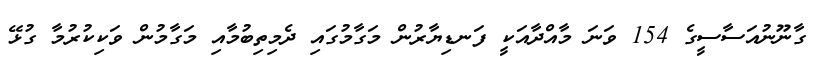
ގާނޫނުއަސާސީގެ 154 ވަނަ މާއްދާއަކީ ފަނޑިޔާރުން މަގާމުގައި ދެމިތިބުމާއި މަގާމުން ވަކިކުރުމާ ގުޅޭ